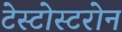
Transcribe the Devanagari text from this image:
टेस्टोस्टरोन